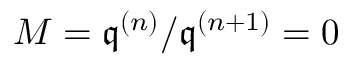
M = { \mathfrak { q } } ^ { ( n ) } / { \mathfrak { q } } ^ { ( n + 1 ) } = 0